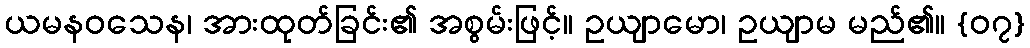
ယမနဝသေန၊ အားထုတ်ခြင်း၏ အစွမ်းဖြင့်။ ဥယျာမော၊ ဥယျာမ မည်၏။ {၀၇}